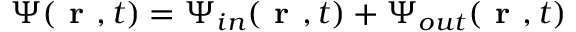
{ \Psi } ( \textbf { r } , t ) = { \Psi } _ { i n } ( \textbf { r } , t ) + { \Psi } _ { o u t } ( \textbf { r } , t )